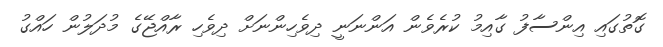
ގޮތުގައި އިންސާފު ގާއިމު ކުރެވެން އަންނަނީ ދިވެހިންނަށް ދިވެހި ރާއްޖޭގެ މުދަލުން ހައްގު